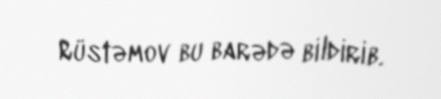
Rüstəmov bu barədə bildirib.